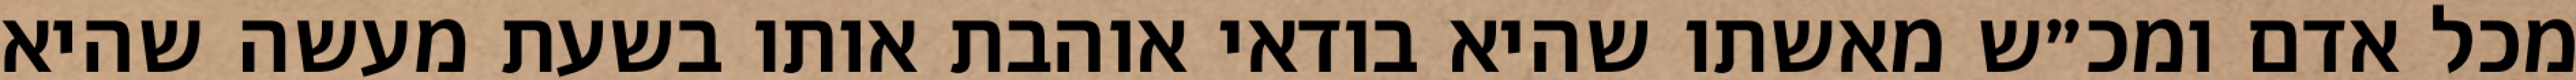
מכל אדם ומכ״ש מאשתו שהיא בודאי אוהבת אותו בשעת מעשה שהיא